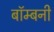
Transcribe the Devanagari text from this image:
बॉम्बनी